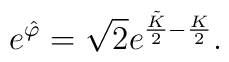
e^{\hat{\varphi}} = \sqrt{2} e^{\frac{\tilde{K}}{2}-\frac{K}{2}}.